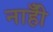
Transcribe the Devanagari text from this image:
नाहीँ